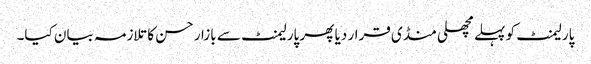
پارلیمنٹ کو پہلے مچھلی منڈی قرار دیا پھر پارلیمنٹ سے بازار حسن کا تلازمہ بیان کیا۔